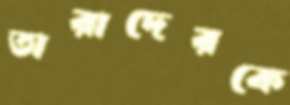
তারাদেরকে